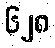
၆၂၈